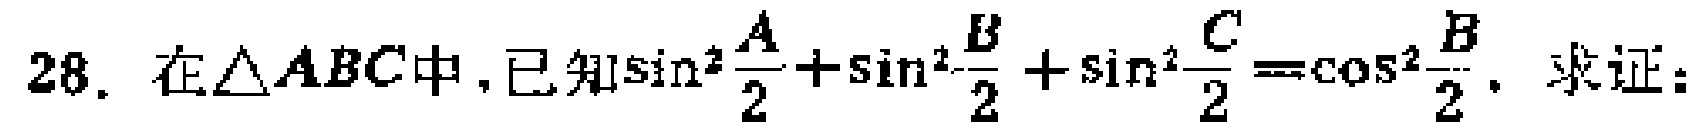
在\(\triangle ABC\)中，已知\(\sin^{2}\frac{A}{2}+\sin^{2}\frac{B}{2}+\sin^{2}\frac{C}{2}=\cos^{2}\frac{B}{2}\)，求证：